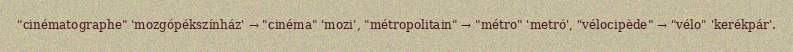
"cinématographe" 'mozgópékszínház' → "cinéma" 'mozi', "métropolitain" → "métro" 'metró', "vélocipède" → "vélo" 'kerékpár'.